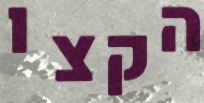
הקצו